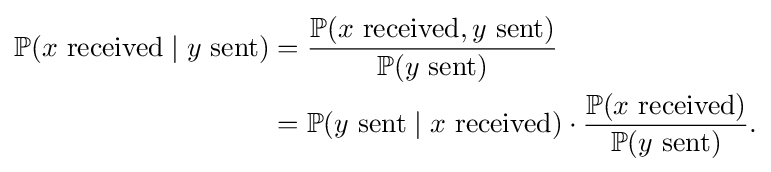
{\begin{aligned}\mathbb {P} (x{\mbox{ received}}\mid y{\mbox{ sent}})&{}={\frac {\mathbb {P} (x{\mbox{ received}},y{\mbox{ sent}})}{\mathbb {P} (y{\mbox{ sent}})}}\\&{}=\mathbb {P} (y{\mbox{ sent}}\mid x{\mbox{ received}})\cdot {\frac {\mathbb {P} (x{\mbox{ received}})}{\mathbb {P} (y{\mbox{ sent}})}}.\end{aligned}}